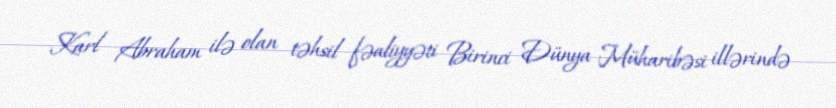
Karl Abraham ilə olan təhsil fəaliyyəti Birinci Dünya Müharibəsi illərində